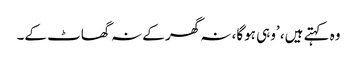
وہ کہتے ہیں، ’وہی ہوگا، نہ گھر کے نہ گھاٹ کے۔